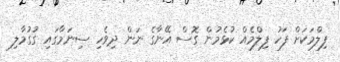
ފިލްމަކަށް ފަހު ފިލްމެއް ކުޅެމުން ގޮސް އޭނާގެ ނަން ދިވެހި ސިނަމާގައި ގުގުމާލި